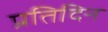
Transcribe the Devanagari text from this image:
प्रतिदिन